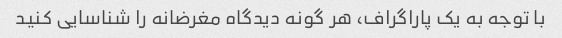
با توجه به یک پاراگراف، هر گونه دیدگاه مغرضانه را شناسایی کنید